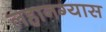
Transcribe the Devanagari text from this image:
लहानग्यास